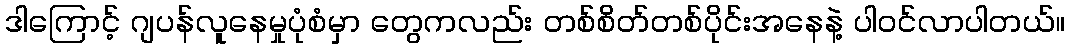
ဒါကြောင့် ဂျပန်လူနေမှုပုံစံမှာ တွေကလည်း တစ်စိတ်တစ်ပိုင်းအနေနဲ့ ပါဝင်လာပါတယ်။